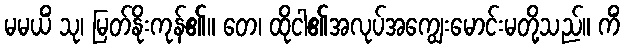
မမယိံ သု၊ မြတ်နိုးကုန်၏။ တေ၊ ထိုငါ၏အလုပ်အကျွေးမောင်းမတို့သည်။ ကိံ